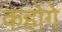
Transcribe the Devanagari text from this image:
कहोगे